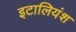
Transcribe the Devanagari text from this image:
इटालियंश